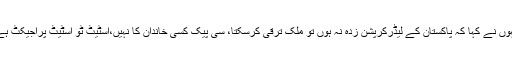
انہوں نے کہا کہ پاکستان کے لیڈرکرپشن زدہ نہ ہوں تو ملک ترقی کرسکتا، سی پیک کسی خاندان کا نہیں،اسٹیٹ ٹو اسٹیٹ پراجیکٹ ہے۔